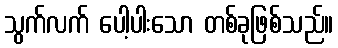
သွက်လက် ပေါ့ပါးသော တစ်ခုဖြစ်သည်။